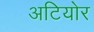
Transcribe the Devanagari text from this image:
अटियोर